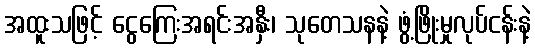
အထူးသဖြင့် ငွေကြေးအရင်းအနှီး၊ သုတေသနနဲ့ ဖွံ့ဖြိုးမှုလုပ်ငန်းနဲ့